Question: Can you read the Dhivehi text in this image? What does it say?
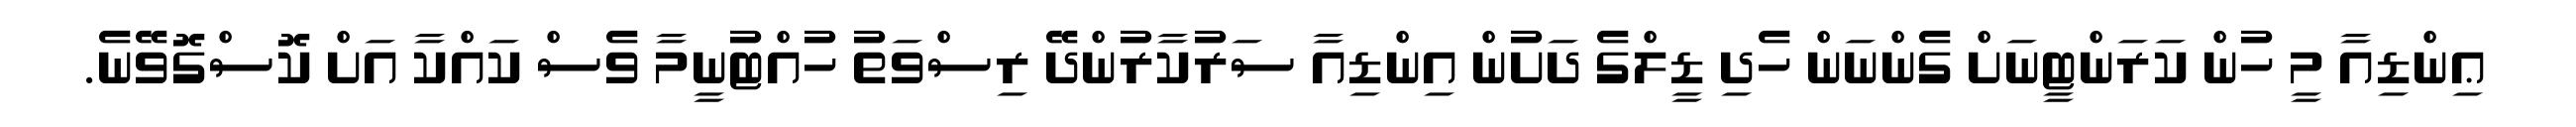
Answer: ޢިންޑިއާ މީ ހުން ކަރަންޓީނަށް ގެންނަން ހެދި ޑީލްގެ ދަށުން އިންޑިއާ ސަރުކާރުންދޭ ރިސްވަތު ހުއްޓުނީމާ ވެސް ކައްކާ އަށް ކޮސްގޮވޭނެ.